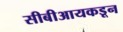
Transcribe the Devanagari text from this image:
सीबीआयकडून